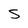
Character: S